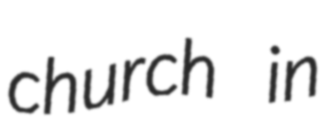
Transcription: church in